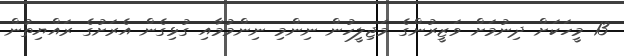
13 މީހަކަށް ދިނުމަށް ވަޒީރުންގެ މަޖިލީހުން ނިންމި ނިންމުމާއި ގުޅިގެން އެރަށުގެ ރައްޔިތުން